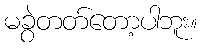
မခွဲတတ်တော့ပါဘူး။